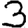
Digit: 3